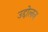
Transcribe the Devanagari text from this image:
उद्दोलन